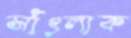
সাঁৎলাক